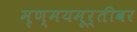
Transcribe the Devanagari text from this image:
मृण्मयमूर्तीवर